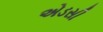
એડસી